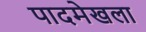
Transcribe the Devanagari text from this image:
पादमेखला